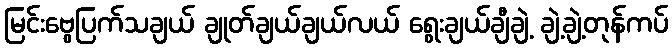
မြင်းဗွေပြက်သချယ် ချုတ်ချယ်ချယ်လယ် ရွေးချယ်ချီချဲ့ ချဲ့ချဲ့တုန်ကပ်